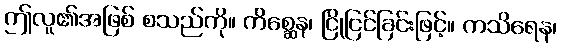
ဤလူ၏အဖြစ် စသည်ကို။ ကိစ္ဆေန၊ ငြိုငြင်ခြင်းဖြင့်။ ကသိရေန၊